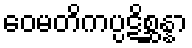
ဝေမတိကပ္ပဋိစ္ဆန္နာ